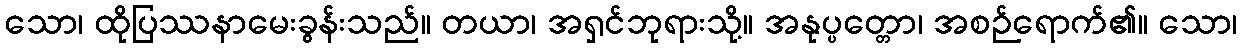
သော၊ ထိုပြဿနာမေးခွန်းသည်။ တယာ၊ အရှင်ဘုရားသို့။ အနုပ္ပတ္တော၊ အစဉ်ရောက်၏။ သော၊